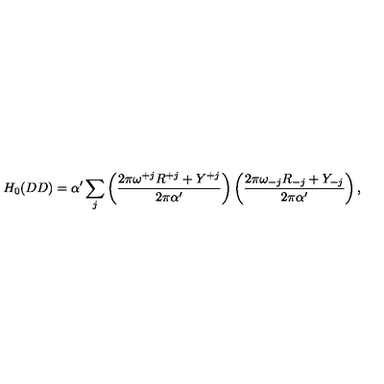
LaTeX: H _ { 0 } ( D D ) = \alpha ^ { \prime } \sum _ { j } \left( \frac { 2 \pi \omega ^ { + j } R ^ { + j } + Y ^ { + j } } { 2 \pi \alpha ^ { \prime } } \right) \left( \frac { 2 \pi \omega _ { - j } R _ { - j } + Y _ { - j } } { 2 \pi \alpha ^ { \prime } } \right) ,